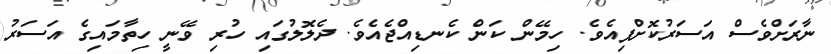
ނާރަށްވެސް އަސަރުކޮށްފިއެވެ. ހިމޭން ކަން ކެނޑިއްޖެއެވެ. ދެލޮލުގައި ހުރި ވޭނީ ހިތާމައިގެ އަސަރު